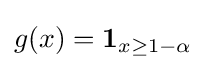
g(x)=\mathbf {1} _{x\geq 1-\alpha }